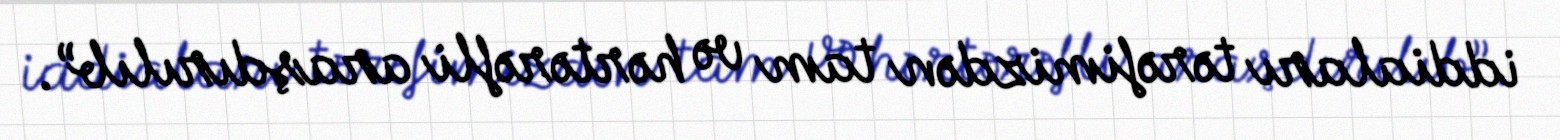
iddiaları tərəfimizdən tam və hərtərəfli araşdırılıb”.